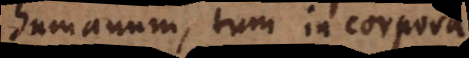
humanum, tum in corpora